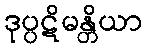
ဒုပ္ပဋိမန္တိယာ